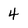
Character: 4